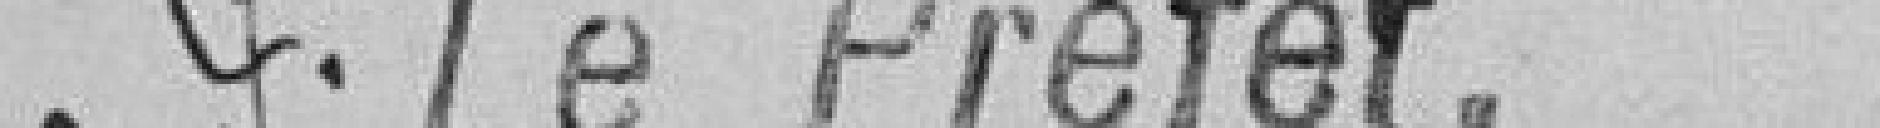
Pour le Préfet